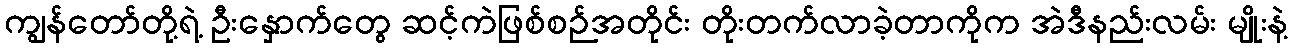
ကျွန်တော်တို့ရဲ့ ဦးနှောက်တွေ ဆင့်ကဲဖြစ်စဉ်အတိုင်း တိုးတက်လာခဲ့တာကိုက အဲဒီနည်းလမ်း မျိုးနဲ့